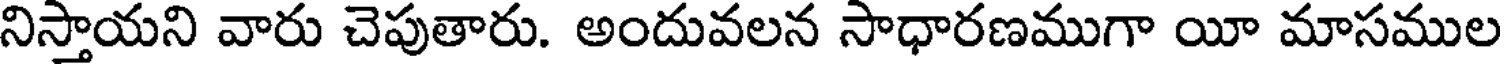
నిస్తాయని వారు చెపుతారు. అందువలన సాధారణముగా యీ మాసముల